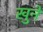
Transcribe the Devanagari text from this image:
खुने